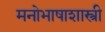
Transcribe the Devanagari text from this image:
मनोभाषाशास्त्री